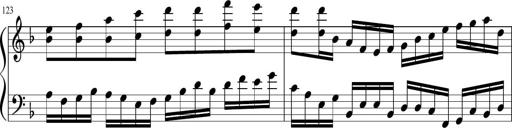
Title: Sonatina in F major
Composer: Ethan Ngo
Key: F major